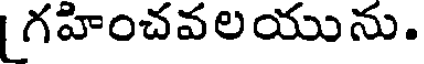
గహించవలయును.